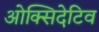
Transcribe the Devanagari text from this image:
ओक्सिदेटिव